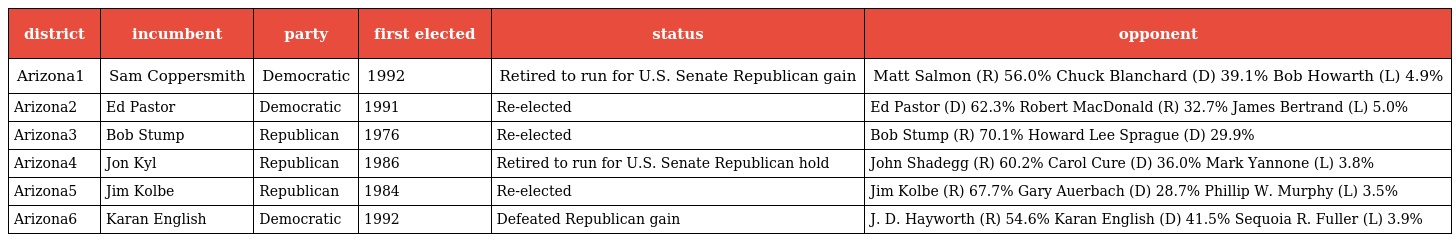
| district | incumbent | party | first elected | status | opponent |
 | --- | --- | --- | --- | --- | --- |
 | Arizona1 | Sam Coppersmith | Democratic | 1992 | Retired to run for U.S. Senate Republican gain | Matt Salmon (R) 56.0% Chuck Blanchard (D) 39.1% Bob Howarth (L) 4.9% |
 | Arizona2 | Ed Pastor | Democratic | 1991 | Re-elected | Ed Pastor (D) 62.3% Robert MacDonald (R) 32.7% James Bertrand (L) 5.0% |
 | Arizona3 | Bob Stump | Republican | 1976 | Re-elected | Bob Stump (R) 70.1% Howard Lee Sprague (D) 29.9% |
 | Arizona4 | Jon Kyl | Republican | 1986 | Retired to run for U.S. Senate Republican hold | John Shadegg (R) 60.2% Carol Cure (D) 36.0% Mark Yannone (L) 3.8% |
 | Arizona5 | Jim Kolbe | Republican | 1984 | Re-elected | Jim Kolbe (R) 67.7% Gary Auerbach (D) 28.7% Phillip W. Murphy (L) 3.5% |
 | Arizona6 | Karan English | Democratic | 1992 | Defeated Republican gain | J. D. Hayworth (R) 54.6% Karan English (D) 41.5% Sequoia R. Fuller (L) 3.9% |